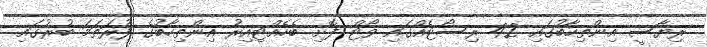
ރިޔާސީ އިންތިހާބުގައި 42 ރިސޯޓެއްގައި ވޯޓް ފޮށި ބެހެއްޓިއިރު އިންތިހާބުގެ ފުރަތަމަ ބުރުގައި